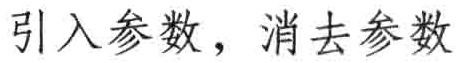
引入参数，消去参数